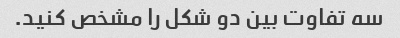
سه تفاوت بین دو شکل را مشخص کنید.